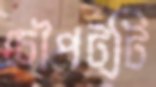
চৌপট্টি